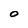
Character: O